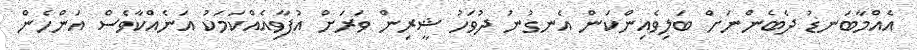
އެއްމާބަނޑު ދެބެންނަށް ބަލިވެއިންކަން އެނގުނު ދުވަހު ޝީރިން ވަރަށް އުފާވިއެއްކަމަކު އަނެއްކާވެސް އަންހެން